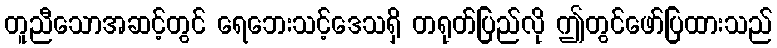
တူညီသောအဆင့်တွင် ရေဘေးသင့်ဒေသရှိ တရုတ်ပြည်လို ဤတွင်ဖော်ပြထားသည်